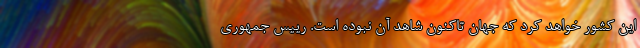
این کشور خواهد کرد که جهان تاکنون شاهد آن نبوده است. رییس جمهوری